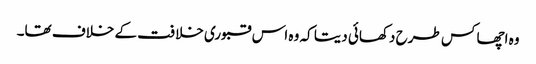
وہ اچھا کس طرح دکھائی دیتا کہ وہ اس قبوری خلافت کے خلاف تھا۔